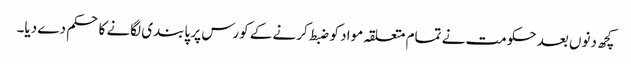
کچھ دنوں بعد حکومت نے تمام متعلقہ مواد کو ضبط کرنے کے کورس پر پابندی لگانے کا حکم دے دیا۔